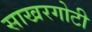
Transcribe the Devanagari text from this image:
साखरगोटी